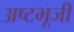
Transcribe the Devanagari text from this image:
अष्टभूजी